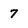
Character: 7